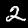
Label: 2